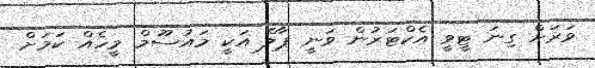
ވަރަށް ގިނަ ޓީވީ އެކްޓަރުން ވަނީ ޕާލް އަކީ މައުސޫމް މީހެއް ކަމަށް